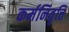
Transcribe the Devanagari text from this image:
कर्मनिवृत्ति